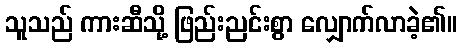
သူသည် ကားဆီသို့ ဖြည်းညင်းစွာ လျှောက်လာခဲ့၏။